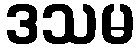
ဒသမ